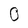
Character: 0